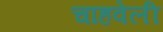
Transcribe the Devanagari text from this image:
चाहवेली